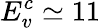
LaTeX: E_{v}^{c}\simeq 11